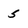
Character: 5